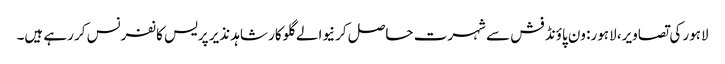
لاہور کی تصاویر، لاہور: ون پاؤنڈ فش سے شہرت حاصل کرنیوالے گلوکار شاہد نذیر پریس کانفرنس کر رہے ہیں۔